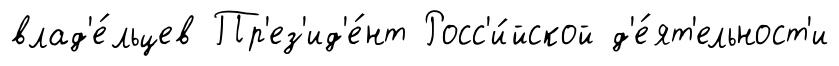
влад'е́льцев Пр'ез'ид'е́нт Росс'и́йской д'е́ят'ельност'и